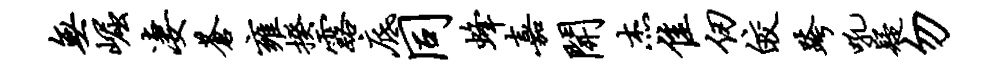
无崛凄苍雍揆露底同蜂嘉开杰隹仞皎跨吼疑勿